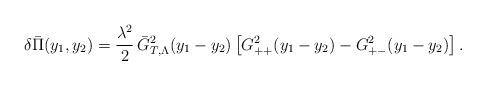
LaTeX: \begin{align*}\delta\bar\Pi(y_1,y_2)=\frac{\lambda^2}2\,\bar G_{T,\Lambda}^2(y_1-y_2)\left[ G^2_{++}(y_1-y_2)-G^2_{+-}(y_1-y_2) \right].\end{align*}